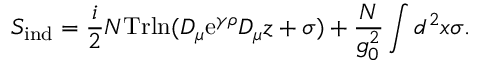
S _ { \mathrm { i n d } } = { \frac { i } { 2 } } N \mathrm { T r l n } ( D _ { \mu } \mathrm { e } ^ { \gamma \rho } D _ { \mu } z + \sigma ) + { \frac { N } { g _ { 0 } ^ { 2 } } } \int d ^ { 2 } x \sigma .